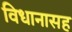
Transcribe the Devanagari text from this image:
विधानासह